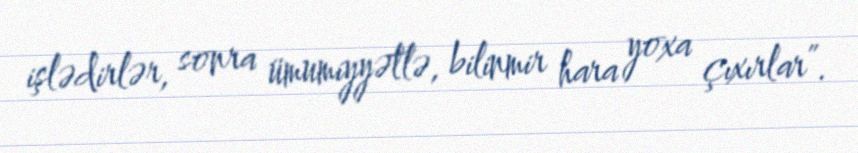
işlədirlər, sonra ümumiyyətlə, bilinmir hara yoxa çıxırlar”.